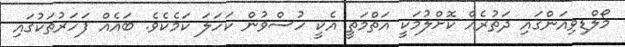
މޯލްޑިވިއަންގައި ދަތުރެއް ކޮށްލުމަކީ އަތްމަތީ އެކީ ހުސްވުން ކަހަލަ ކަމެކެވެ. ބައެއް ފަހަރުތަކުގައި